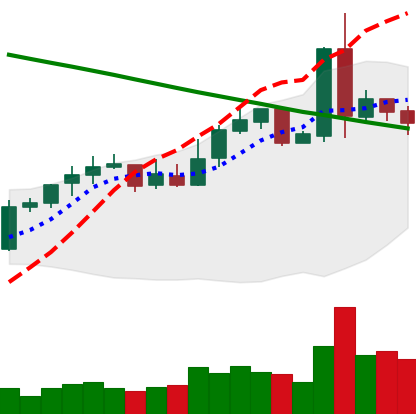
Ticker: NEO-USD
Chart end date: 2019-02-27
Forward return: -7.716%
Label: down_7plus